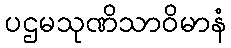
ပဌမသုဏိသာဝိမာနံ